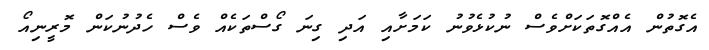
އެގޮތުން އެއްގޮތަކަށްވެސް ނުކުޅެވުނު ކަމަށާއި އަދި ގިނަ ގޯސްތަކެއް ވެސް ހެދުނުކަން މޮރީނިއޯ